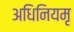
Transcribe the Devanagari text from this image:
अधिनियमृ